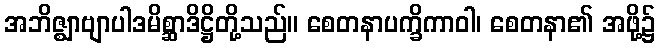
အဘိဇ္ဈာဗျာပါဒမိစ္ဆာဒိဋ္ဌိတို့သည်။ စေတနာပက္ခိကာဝါ၊ စေတနာ၏ အဖို့၌